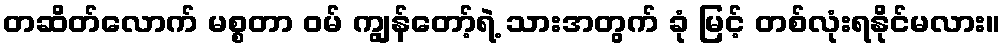
တဆိတ်လောက် မစ္စတာ ဝမ် ကျွန်တော့်ရဲ့ သားအတွက် ခုံ မြင့် တစ်လုံးရနိုင်မလား။